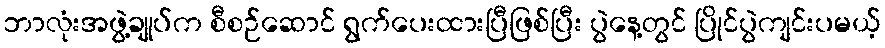
ဘာလုံးအဖွဲ့ချုပ်က စီစဉ်ဆောင် ရွက်ပေးထားပြီဖြစ်ပြီး ပွဲနေ့တွင် ပြိုင်ပွဲကျင်းပမယ့်